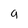
Character: 9